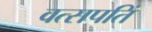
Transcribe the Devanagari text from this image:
वत्सपतिं